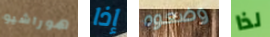
هوراشيو إذا وضعوه لذا